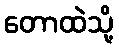
တောထဲသို့